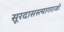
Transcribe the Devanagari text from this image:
सूरदासस्त्यागराजो